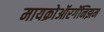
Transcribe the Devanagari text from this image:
मायक्रोऑरगॅनिझम